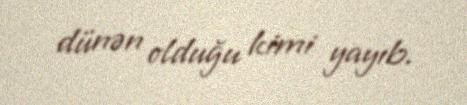
dünən olduğu kimi yayıb.